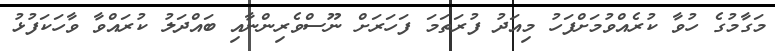
މަގާމުގެ ހުވާ ކުރެއްވުމަށްފަހު މިއަދު ފުރަތަމަ ފަހަރަށް ނޫސްވެރިންނާއި ބައްދަލު ކުރައްވާ ވާހަކަފުޅު